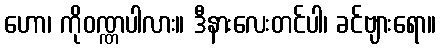
ဟော၊ ကိုဝဏ္ဏပါလား။ ဒီနားလေးတင်ပါ၊ ခင်ဗျားရော။